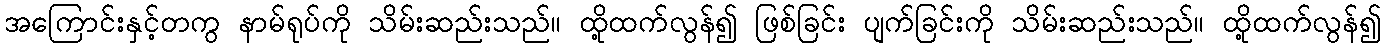
အကြောင်းနှင့်တကွ နာမ်ရုပ်ကို သိမ်းဆည်းသည်။ ထို့ထက်လွန်၍ ဖြစ်ခြင်း ပျက်ခြင်းကို သိမ်းဆည်းသည်။ ထို့ထက်လွန်၍